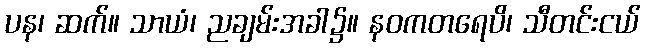
ပန၊ ဆက်။ သာယံ၊ ညချမ်းအခါ၌။ နဝကတရေပိ၊ သီတင်းငယ်